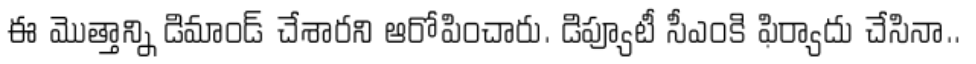
ఈ మొత్తాన్ని డిమాండ్ చేశారని ఆరోపించారు. డిప్యూటీ సీఎంకి ఫిర్యాదు చేసినా..